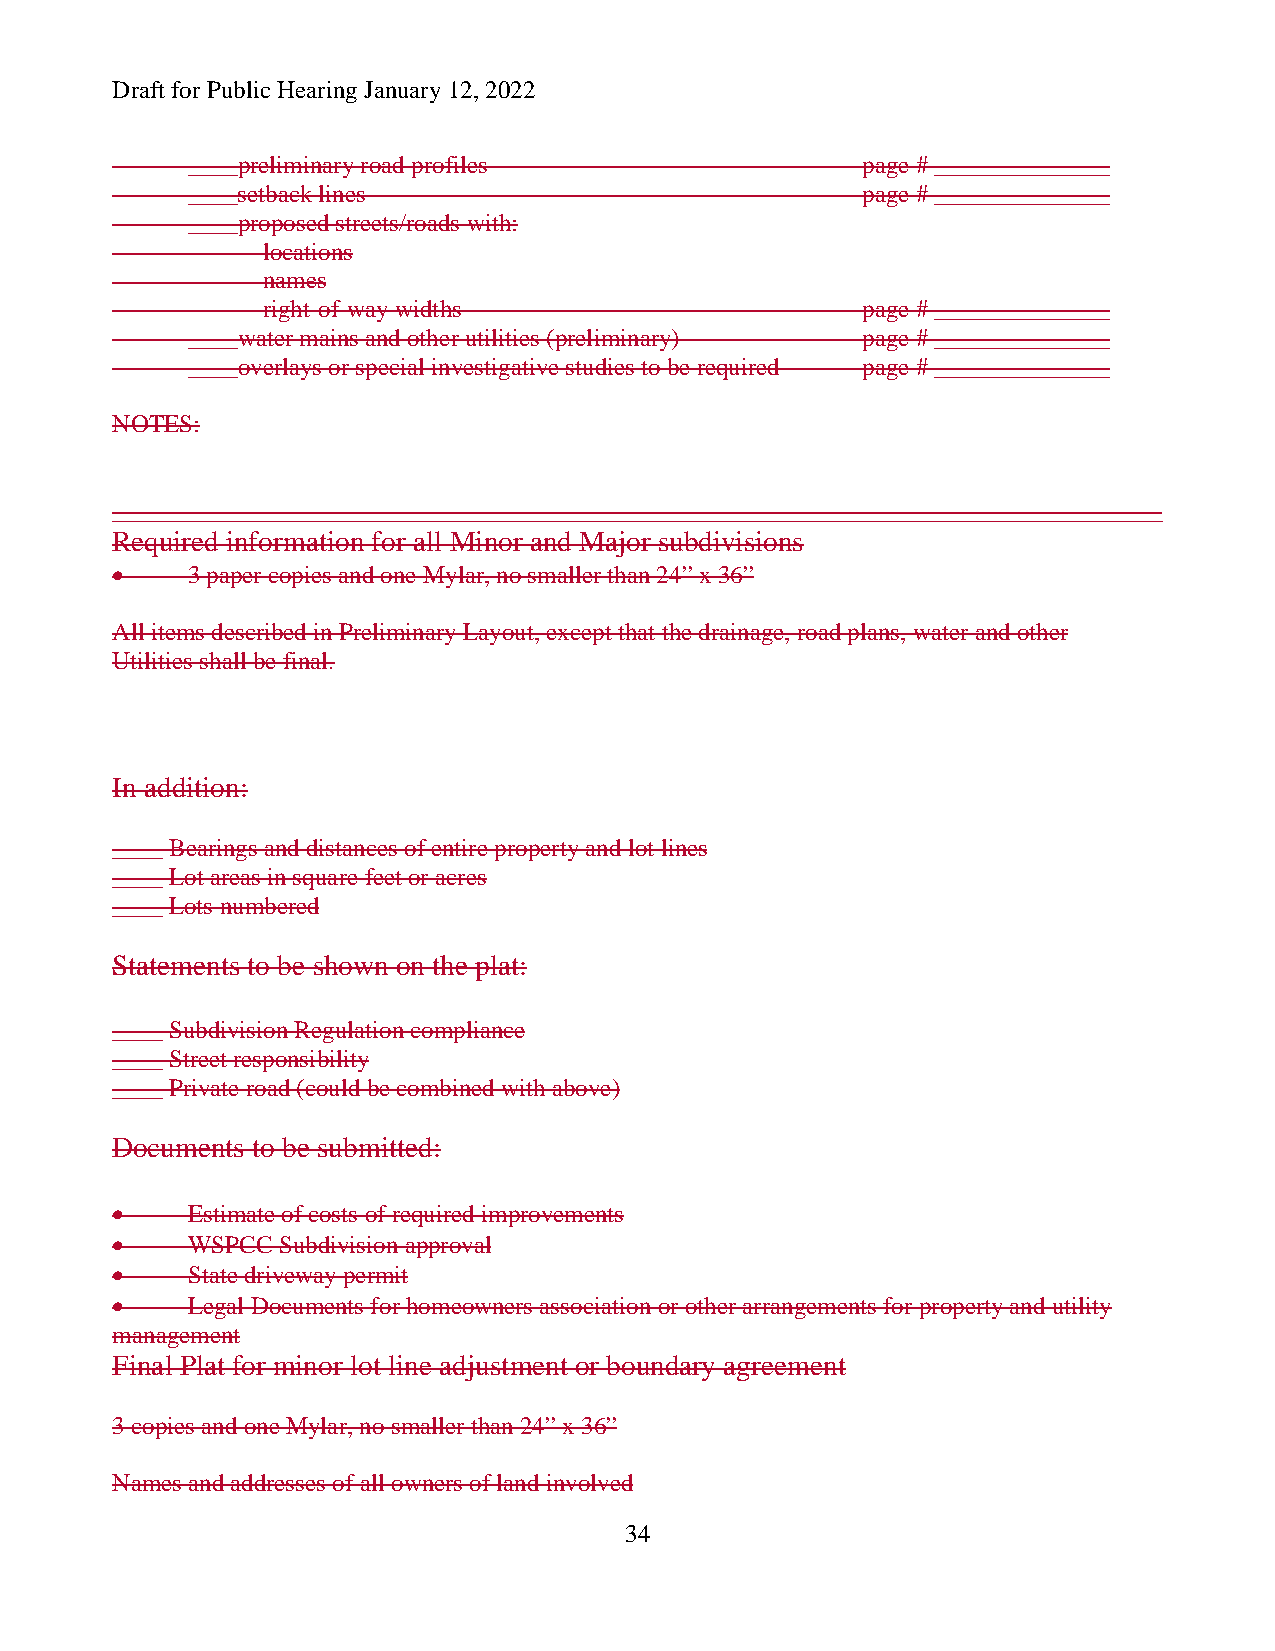
Draft for Public Hearing January 12, 2022
 ____preliminary road profiles                page # ______________
 ____setback lines                            page # ______________
 ____proposed streets/roads with:
 locations
 names
 right-of-way widths                     page # ______________
 ____water mains and other utilities (preliminary) page # ______________
 ____overlays or special investigative studies to be required page # ______________
 NOTES:
 ____________________________________________________________________________________
 Required information for all Minor and Major subdivisions
 •    3 paper copies and one Mylar, no smaller than 24” x 36”
 All items described in Preliminary Layout, except that the drainage, road plans, water and other
 Utilities shall be final.
 In addition:
 ____ Bearings and distances of entire property and lot lines
 ____ Lot areas in square feet or acres
 ____ Lots numbered
 Statements to be shown on the plat:
 ____ Subdivision Regulation compliance
 ____ Street responsibility
 ____ Private road (could be combined with above)
 Documents to be submitted:
 •    Estimate of costs of required improvements
 •    WSPCC Subdivision approval
 •    State driveway permit
 •    Legal Documents for homeowners association or other arrangements for property and utility
 management
 Final Plat for minor lot line adjustment or boundary agreement
 3 copies and one Mylar, no smaller than 24” x 36”
 Names and addresses of all owners of land involved
 34